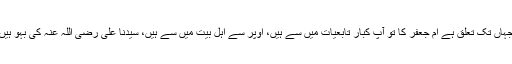
جہاں تک تعلق ہے ام جعفر کا تو آپ کبار تابعیات میں سے ہیں، اوپر سے اہل بیت میں سے ہیں، سیدنا علی رضی اللہ عنہ کی بہو ہیں۔